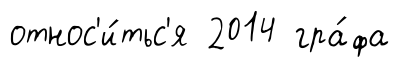
относ'и́тьс'я 2014 гра́фа